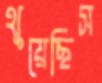
থুয়েছিস